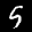
Label: 5